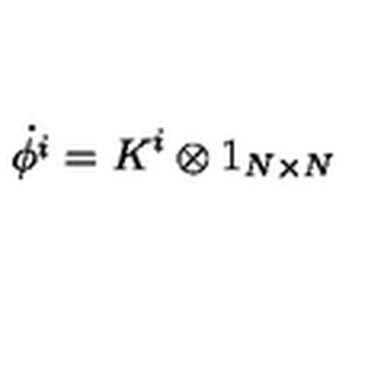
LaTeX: \dot { \phi ^ { i } } = K ^ { i } \otimes 1 _ { N \times N }